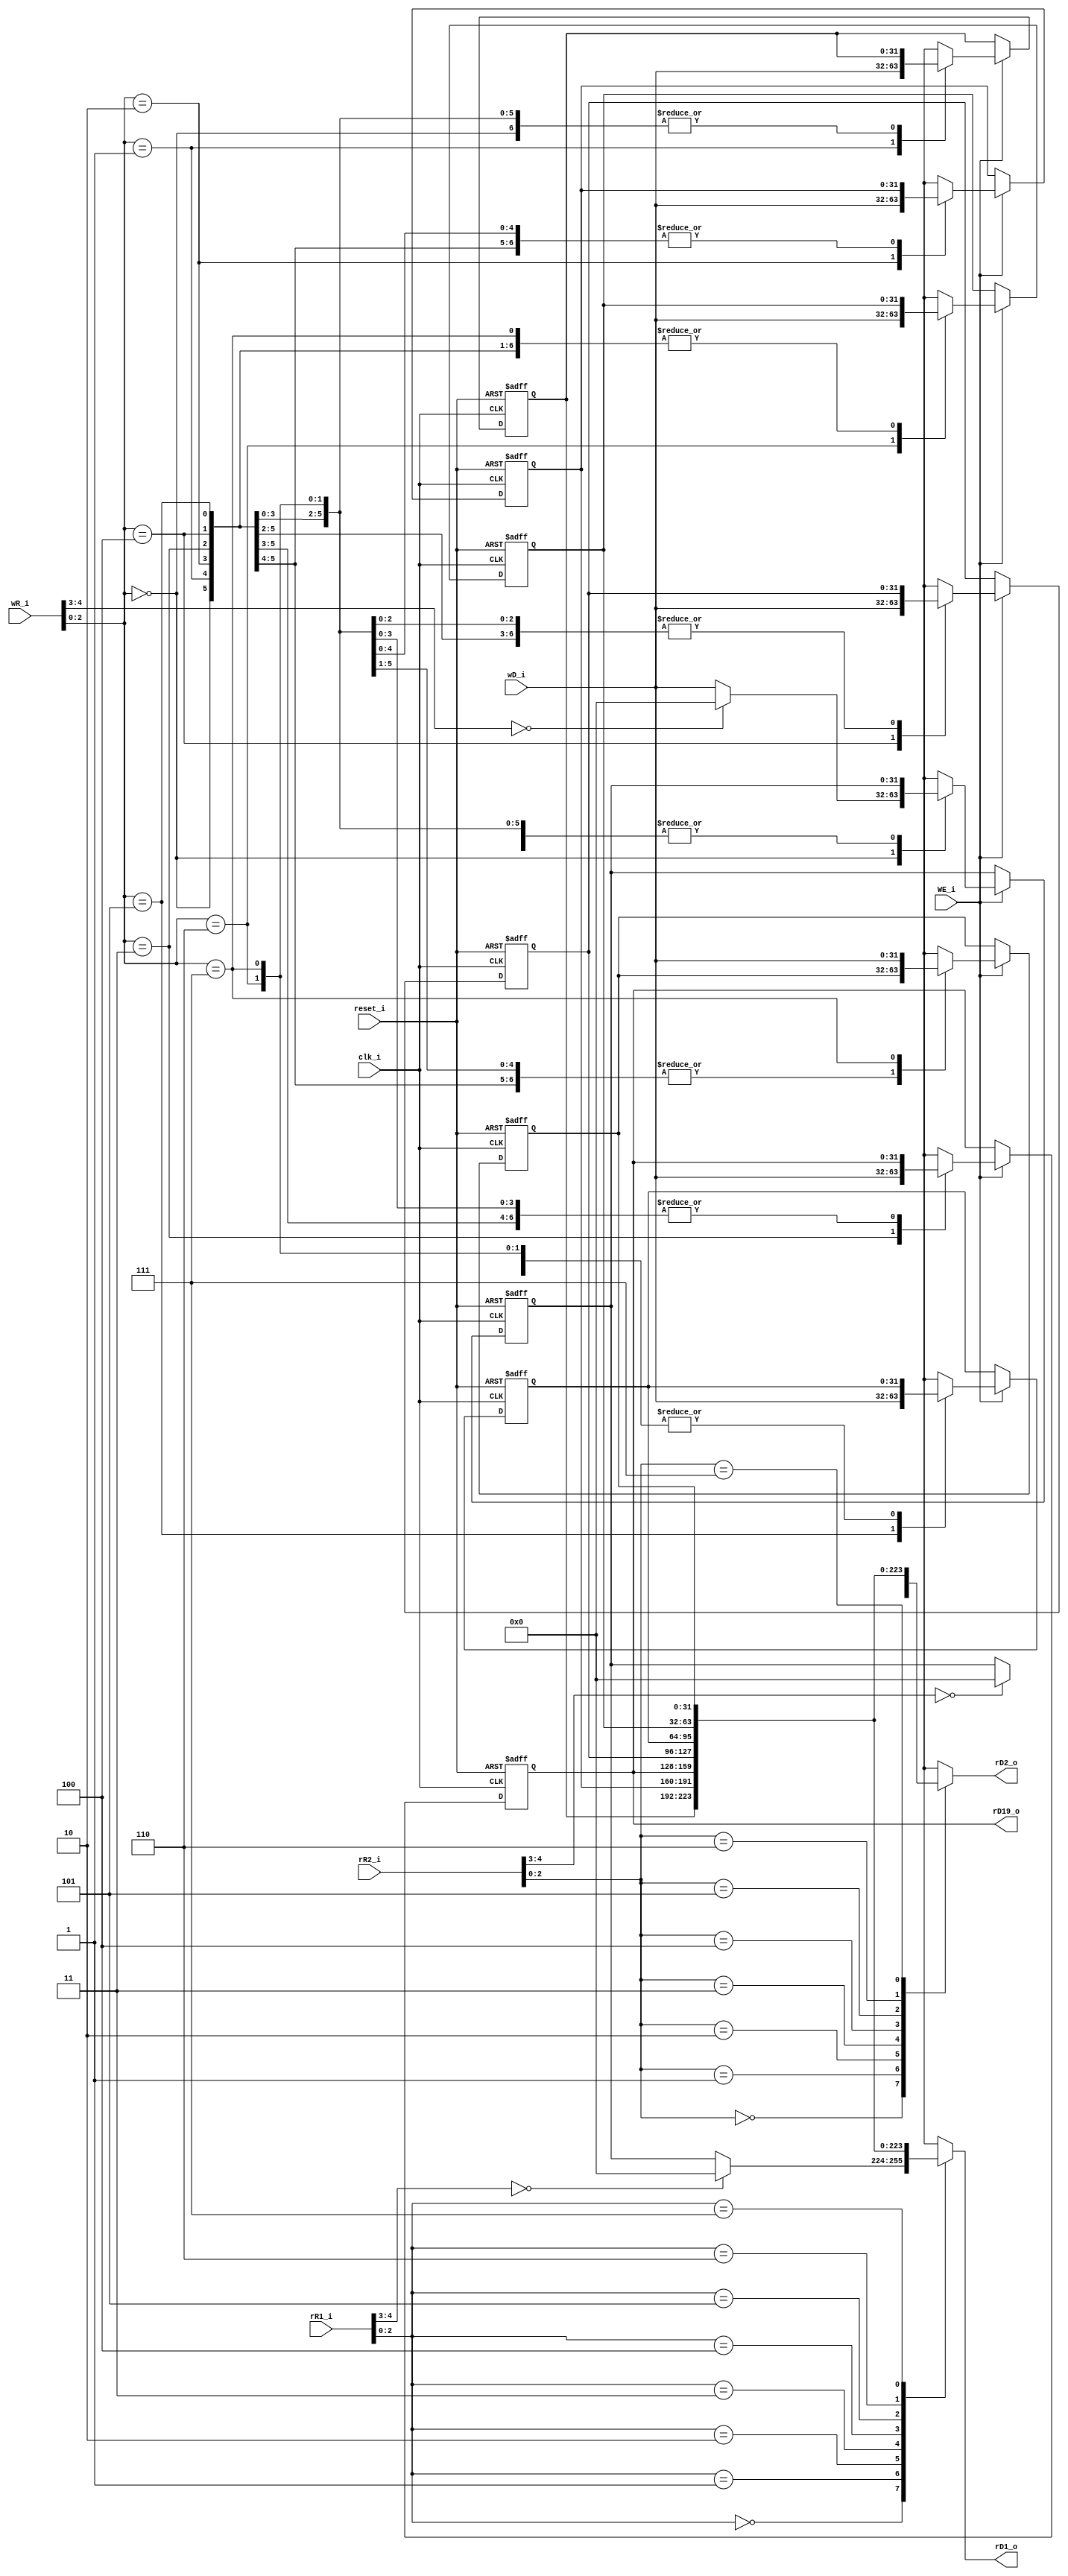
`timescale 1ns / 1ps
//////////////////////////////////////////////////////////////////////////////////
// Company: 
// Engineer: 
// 
// Design Name: 
// Module Name: pc
// Project Name: 
// Target Devices: 
// Tool Versions: 
// Description: 
// 8
// Dependencies: 
// 
// Revision:
// Revision 0.01 - File Created
// Additional Comments:
// 
//////////////////////////////////////////////////////////////////////////////////
module reg_file_8(
    input             clk_i,
    input             reset_i,
    input      [4:0]  rR1_i,
    input      [4:0]  rR2_i,
    input      [4:0]  wR_i, 
    input      [31:0] wD_i,
    input             WE_i,
    output reg [31:0] rD1_o,
    output reg [31:0] rD2_o,
    output     [31:0] rD19_o
);
    reg [31:0] reg_0;
    reg [31:0] reg_1;
    reg [31:0] reg_2;
    reg [31:0] reg_3;
    reg [31:0] reg_4;
    reg [31:0] reg_5;
    reg [31:0] reg_6;
    reg [31:0] reg_7;
    assign rD19_o = reg_3;
    // rD1_o
    always @ (*) begin
        case(rR1_i[2:0]) 
            3'b000: rD1_o = (rR1_i[4:3]==2'b00)?32'h0:reg_0;   // x0
            3'b001: rD1_o = reg_1; 
            3'b010: rD1_o = reg_2;
            3'b011: rD1_o = reg_3;
            3'b100: rD1_o = reg_4;
            3'b101: rD1_o = reg_5;
            3'b110: rD1_o = reg_6;
            3'b111: rD1_o = reg_7;
            default: rD1_o = 32'h0;
        endcase
    end
    // rD2_o
    always @ (*) begin
        case(rR2_i[2:0]) 
            3'b000: rD2_o = (rR2_i[4:3]==2'b00)?32'h0:reg_0;
            3'b001: rD2_o = reg_1; 
            3'b010: rD2_o = reg_2;
            3'b011: rD2_o = reg_3;
            3'b100: rD2_o = reg_4;
            3'b101: rD2_o = reg_5;
            3'b110: rD2_o = reg_6;
            3'b111: rD2_o = reg_7;
            default: rD2_o = 32'h0;
        endcase
    end
    // wirte
    always @ (posedge clk_i or posedge reset_i) begin
        if(reset_i == 1'b1) begin
            reg_0 = 32'h0;
            reg_1 = 32'h0;
            reg_2 = 32'h0;
            reg_3 = 32'h0;
            reg_4 = 32'h0;
            reg_5 = 32'h0;
            reg_6 = 32'h0;
            reg_7 = 32'h0;
        end
        else
            if(WE_i == 1'b1) begin
                case(wR_i[2:0]) 
                    3'b000: reg_0 = (wR_i[4:3]==2'b00)?32'h0:wD_i;
                    3'b001: reg_1 = wD_i; 
                    3'b010: reg_2 = wD_i;
                    3'b011: reg_3 = wD_i;
                    3'b100: reg_4 = wD_i;
                    3'b101: reg_5 = wD_i;
                    3'b110: reg_6 = wD_i;
                    3'b111: reg_7 = wD_i;
                    default:; 
                endcase
            end
            else;
    end
endmodule